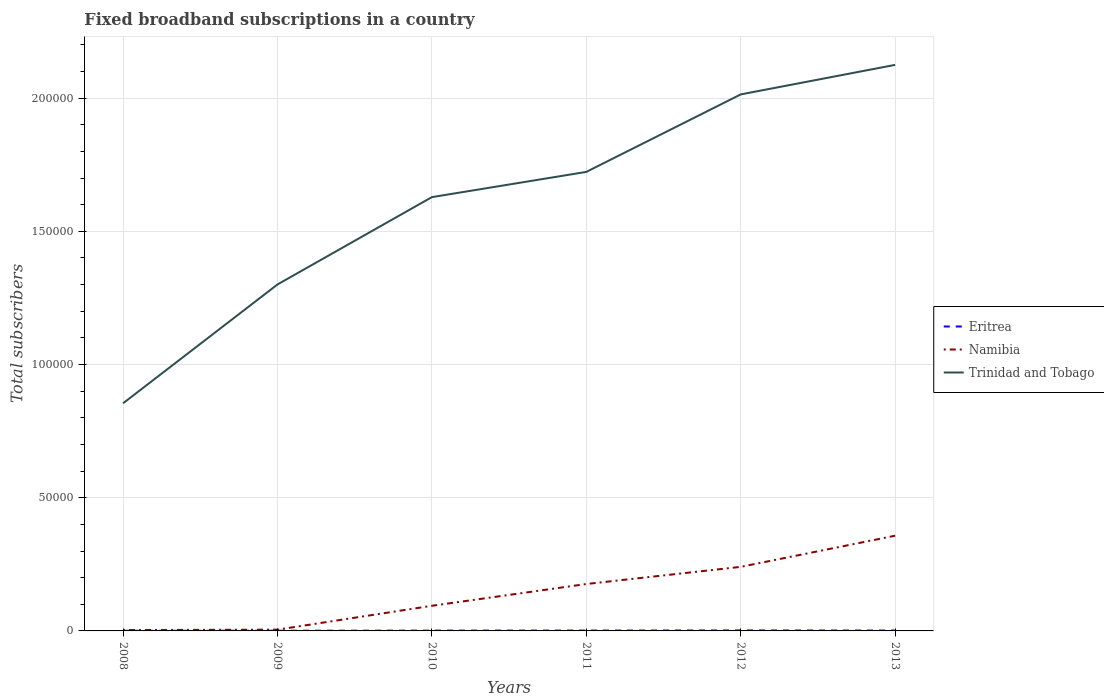
| Years | Eritrea | Namibia | Trinidad and Tobago |
 | --- | --- | --- | --- |
 | 2008 | 44 | 320 | 8.54e+04 |
 | 2009 | 70 | 477 | 1.3e+05 |
 | 2010 | 118 | 9.44e+03 | 1.63e+05 |
 | 2011 | 141 | 1.76e+04 | 1.72e+05 |
 | 2012 | 185 | 2.41e+04 | 2.01e+05 |
 | 2013 | 146 | 3.57e+04 | 2.12e+05 |